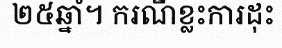
២៥ឆ្នាំ។ ករណីខ្លះការដុះ